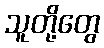
သူတို့တွေ